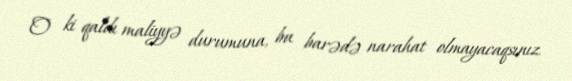
O ki qaldı maliyyə durumuna, bu barədə narahat olmayacaqsınız.